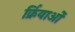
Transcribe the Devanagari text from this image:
र्क्रियाओं